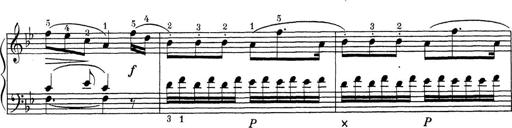
Title: ÄŒeskÃ© Sonatiny
Composer: Various